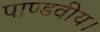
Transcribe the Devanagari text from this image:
पाण्डवीय।